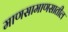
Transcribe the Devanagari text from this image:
माणसामाणसातील